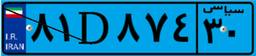
۸۱D۸۷۴۳۰